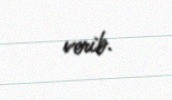
verib.